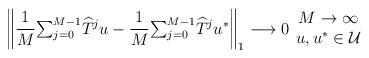
\begin{align*}\left\Vert \frac{1}{M}{\textstyle\sum_{j=0}^{M-1}}\widehat{T}^{j}u-\frac{1}{M}{\textstyle\sum_{j=0}^{M-1}}\widehat{T}^{j}u^{\ast}\right\Vert _{1}\longrightarrow0\begin{array}[c]{c}M\rightarrow\infty\\u,u^{\ast}\in\mathcal{U}\end{array}\end{align*}